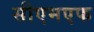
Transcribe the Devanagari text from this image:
सीएमएफ